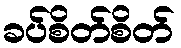
ခပ်စိတ်စိတ်